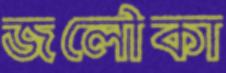
জলৌকা